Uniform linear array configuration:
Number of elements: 64
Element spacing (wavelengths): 0.75
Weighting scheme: hamming
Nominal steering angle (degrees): -30
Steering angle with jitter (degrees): -28.072
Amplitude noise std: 0.05
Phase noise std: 0.05

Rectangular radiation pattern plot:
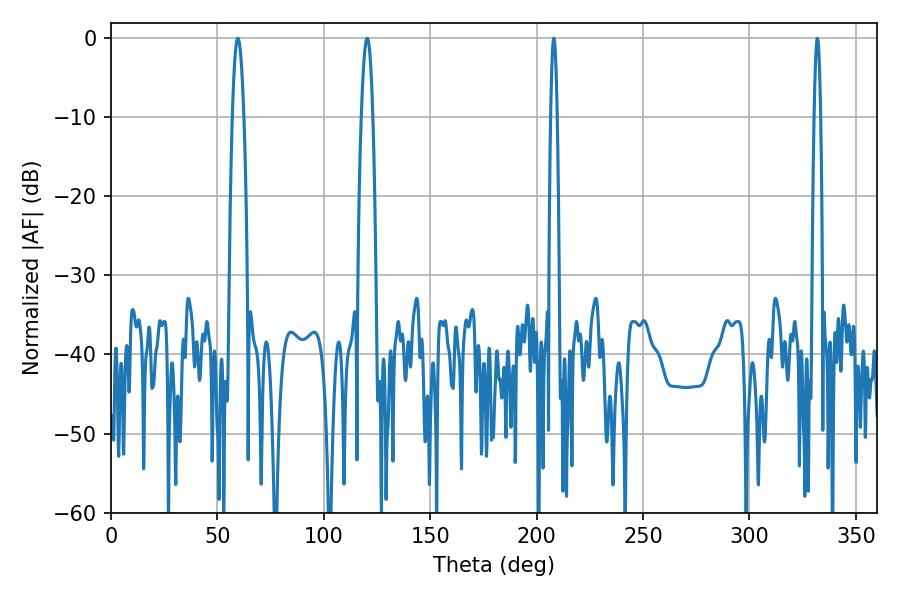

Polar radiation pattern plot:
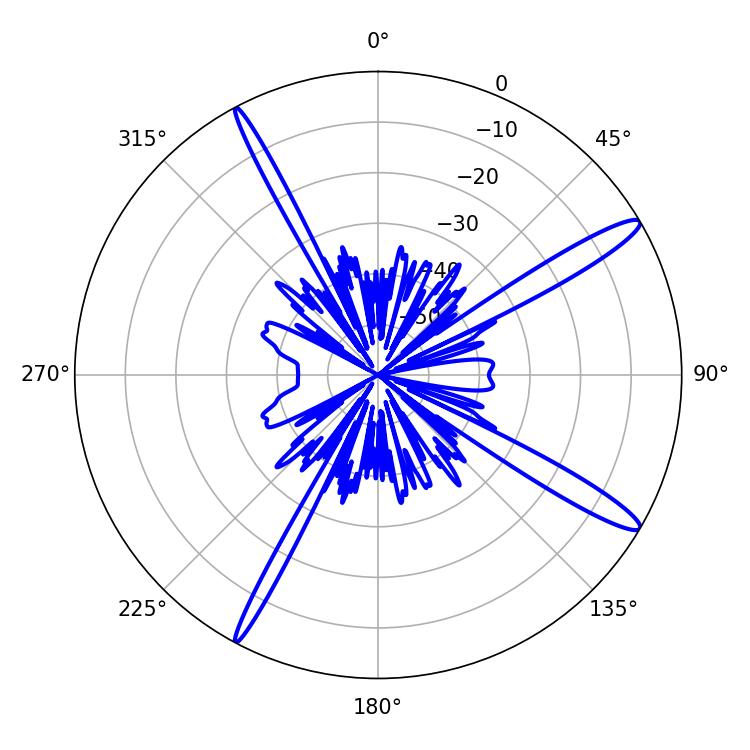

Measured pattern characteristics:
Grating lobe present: TRUE
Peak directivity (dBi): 14.737
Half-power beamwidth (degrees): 1.44
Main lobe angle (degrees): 208.08